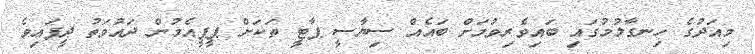
މިއަދުގެ ހިނގާލުމުގައި ބައިވެރިވުމަށް ބައެއް ސިޔާސީ ޕާޓީ ތަކަށް ޕީޕީއެމުން ދައުވަތު ދީފައިވެ